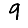
Digit: 9